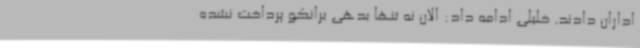
اداران دادند. خلیلی ادامه داد: الان نه تنها بدهی برانکو پرداخت نشده